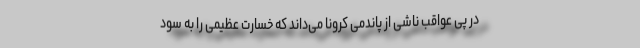
در پی عواقب ناشی از پاندمی کرونا می‌داند که خسارت عظیمی را به سود